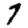
Digit: 7